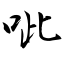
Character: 呲